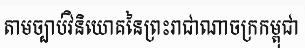
តាមច្បាប់វិនិយោគនៃព្រះរាជាណាចក្រកម្ពុជា